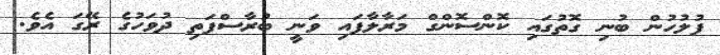
ފުލުހުން ބުނި ގޮތުގައި ކޮންސޮންގް މަރާލާފައި ވަނީ ބުރާސްފަތި ދުވަހުގެ ރޭގަ އެވެ.